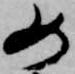
如